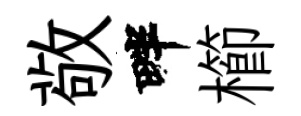
敬畔櫛